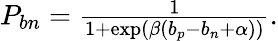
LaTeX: \begin{array}{r}{P_{bn}=\frac{1}{1+\exp(\beta(b_{p}-b_{n}+\alpha))}.}\end{array}